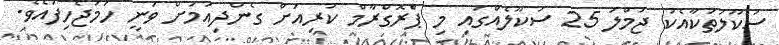
ސުކޫލުތަކާއެކު ޖުމްލަ 25 ސުކޫލެއްގައި މި ޕްެރޮގްރާމް ކުރިއަށް ގެންދިއުމަށް ވަނީ ހަމަޖެހިފައެވެ.